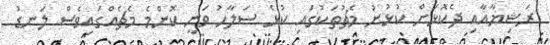
ރަޝިޔާއާއި ދެކޮޅަށް ކުޅުނު މެޗުތަކުގައި ކުޅެ ސަލާހު ވަނީ ކޮންމެ މެޗެއްގައިވެސް ލަނޑު